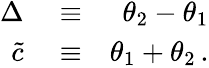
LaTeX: \begin{array}{rlr}{\Delta}&{{}\equiv}&{\theta_{2}-\theta_{1}}\\ {\tilde{c}}&{{}\equiv}&{\theta_{1}+\theta_{2}\, .}\end{array}